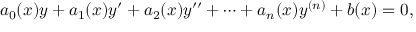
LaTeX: a _ { 0 } ( x ) y + a _ { 1 } ( x ) y ^ { \prime } + a _ { 2 } ( x ) y ^ { \prime \prime } + \cdots + a _ { n } ( x ) y ^ { ( n ) } + b ( x ) = 0 ,